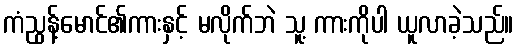
ကံညွန့်မောင်၏ကားနှင့် မလိုက်ဘဲ သူ့ ကားကိုပါ ယူလာခဲ့သည်။